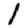
Digit: 1